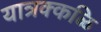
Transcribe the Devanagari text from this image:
यात्रक्कळि